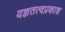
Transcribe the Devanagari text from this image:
यज्ञतत्वप्रकाश